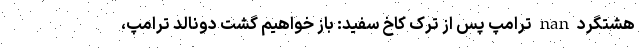
هشتگرد nan ترامپ پس از ترک کاخ سفید: باز خواهیم گشت دونالد ترامپ،